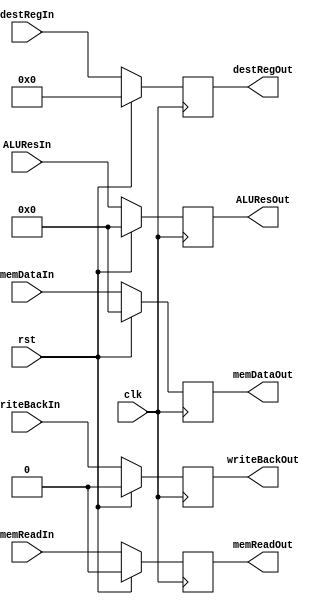
`timescale 1ns / 1ns
module MEM2WB (input clk, rst,
               input writeBackIn, memReadIn, //regWriteIn,
               input [4:0] destRegIn,
               input [31:0] ALUResIn, memDataIn,
               output reg writeBackOut, memReadOut, //regWriteOut,
               output reg [4:0] destRegOut,
               output reg [31:0] ALUResOut, memDataOut);

  always @ (posedge clk) begin
    if (rst) begin
      {writeBackOut, memReadOut, destRegOut, ALUResOut, memDataOut} <= 0;
    end
    else begin
      writeBackOut <= writeBackIn;
      memReadOut <= memReadIn;
      destRegOut <= destRegIn;
      ALUResOut <= ALUResIn;
      memDataOut <= memDataIn;
      //regWriteOut <= regWriteIn;
    end
  end
endmodule